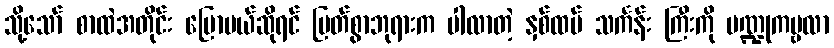
သို့သော် စာထဲအတိုင်း ပြောမယ်ဆိုရင် မြတ်စွာဘုရားက ပါလာတဲ့ နှစ်ထပ် သင်္ကန်း ကြီးကို ပဏ္ဍုကမ္ဗလာ